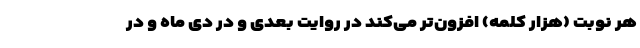
هر نوبت (هزار کلمه) افزون‌تر می‌کند در روایت بعدی و در دی ماه و در